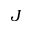
J